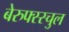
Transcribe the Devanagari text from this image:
बेरुफ्स्स्चुल